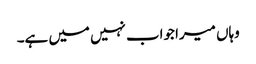
وہاں میرا جواب نہیں میں ہے۔